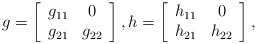
\begin{align*}g = \left[\begin{array}{cc}g_{11} & 0 \\g_{21} & g_{22}\end{array}\right], h = \left[\begin{array}{cc}h_{11} & 0 \\h_{21} & h_{22}\end{array}\right],\end{align*}